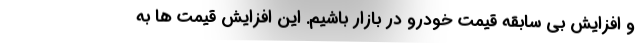
و افزایش بی سابقه قیمت خودرو در بازار باشیم. این افزایش قیمت ها به